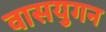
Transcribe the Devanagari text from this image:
वासयुगन